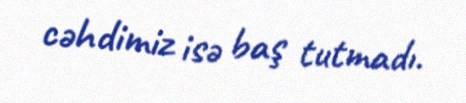
cəhdimiz isə baş tutmadı.